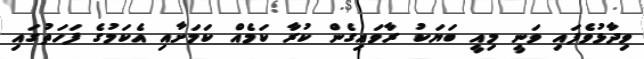
ވިދާޅުވެފައި ވަނީ މިއީ ބަޔަކު ރާވައިގެން ކުރާ ކަމެއް ކަމަށާއި އެކަމުގެ ފަހަތުގައި